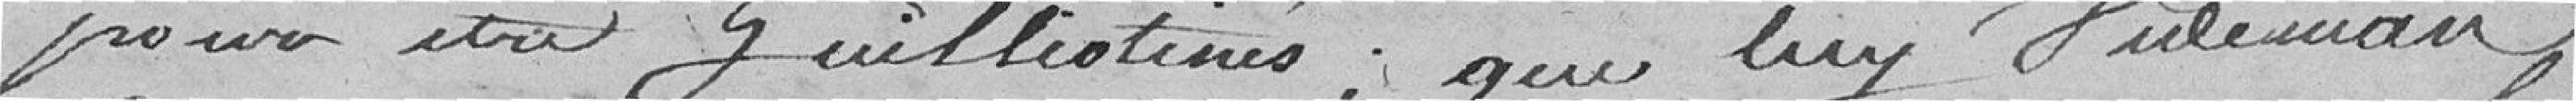
pour être guillotinés ; que luy Vieleman